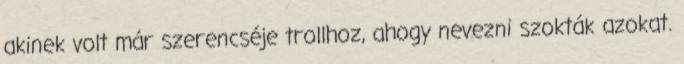
akinek volt már szerencséje trollhoz, ahogy nevezni szokták azokat.